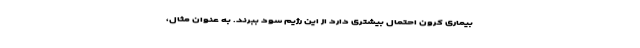
بیماری کرون احتمال بیشتری دارد از این رژیم سود ببرند. به عنوان مثال،